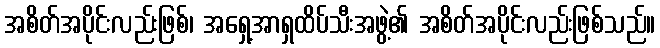
အစိတ်အပိုင်းလည်းဖြစ်၊ အရှေ့အာရှထိပ်သီးအဖွဲ့၏ အစိတ်အပိုင်းလည်းဖြစ်သည်။